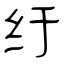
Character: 纡